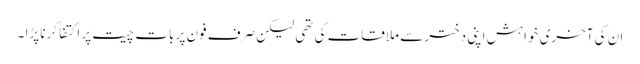
ان کی آخری خواہش اپنی دختر سے ملاقات کی تھی لیکن صرف فون پر بات چیت پر اکتفا کرنا پڑا ۔